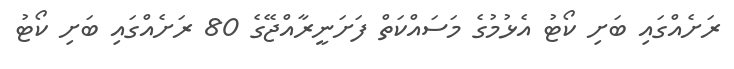
ރަށެއްގައި ބަށި ކޯޓު އެޅުމުގެ މަސައްކަތް ފަށަނީރާއްޖޭގެ 80 ރަށެއްގައި ބަށި ކޯޓު